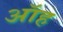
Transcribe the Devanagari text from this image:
ऑह